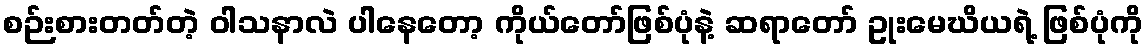
စဉ်းစားတတ်တဲ့ ဝါသနာလဲ ပါနေတော့ ကိုယ်တော်ဖြစ်ပုံနဲ့ ဆရာတော် ဥုးမေဃိယရဲ့ ဖြစ်ပုံကို